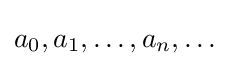
a_{0},a_{1},\dots ,a_{n},\dots